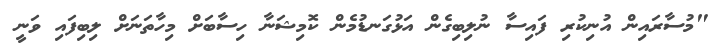
"މުސާރައިން އުނިކުރި ފައިސާ ނުލިބިގެން އަޅުގަނޑުމެން ކޮމިޝަނާ ހިސާބަށް މިހާތަނަށް ލިބިފައި ވަނީ